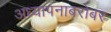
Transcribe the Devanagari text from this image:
अध्यापनाबरोबर